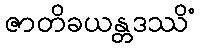
ဇာတိခယန္တဒဿိံ